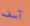
آسف